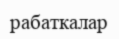
рабаткалар